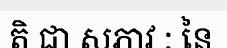
តិ ជា សភាវ : នៃ